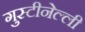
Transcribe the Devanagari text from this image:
गुस्टीनेल्ली